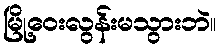
မြို့ဝေးလွန်းမသွားဘဲ။